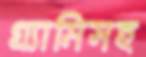
গ্র্যামিসহ